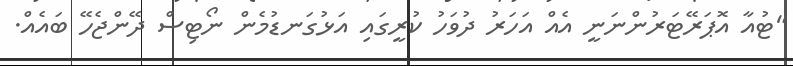
"ޓުއާ އޮޕަރޭޓަރުންނަނީ އެއް އަހަރު ދުވަހު ކުރީގައި އަޅުގަނޑުމެން ނޯޓިސް ދޭންޖެހޭ ބައެއް.